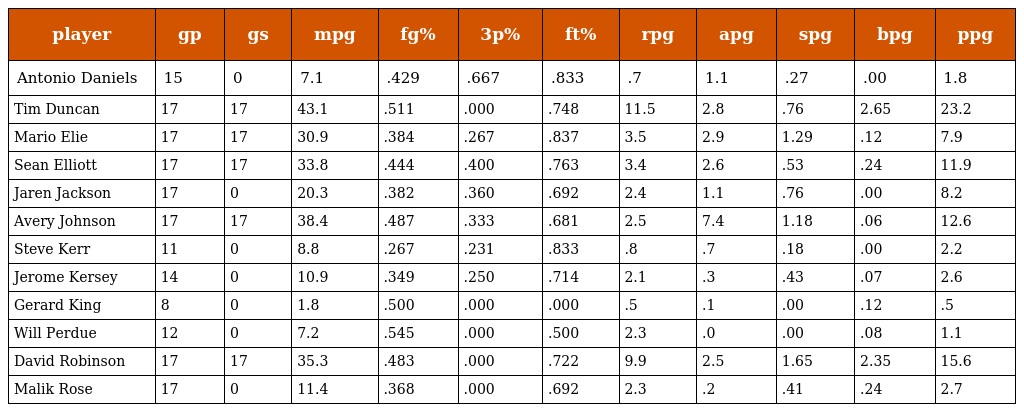
| player | gp | gs | mpg | fg% | 3p% | ft% | rpg | apg | spg | bpg | ppg |
 | --- | --- | --- | --- | --- | --- | --- | --- | --- | --- | --- | --- |
 | Antonio Daniels | 15 | 0 | 7.1 | .429 | .667 | .833 | .7 | 1.1 | .27 | .00 | 1.8 |
 | Tim Duncan | 17 | 17 | 43.1 | .511 | .000 | .748 | 11.5 | 2.8 | .76 | 2.65 | 23.2 |
 | Mario Elie | 17 | 17 | 30.9 | .384 | .267 | .837 | 3.5 | 2.9 | 1.29 | .12 | 7.9 |
 | Sean Elliott | 17 | 17 | 33.8 | .444 | .400 | .763 | 3.4 | 2.6 | .53 | .24 | 11.9 |
 | Jaren Jackson | 17 | 0 | 20.3 | .382 | .360 | .692 | 2.4 | 1.1 | .76 | .00 | 8.2 |
 | Avery Johnson | 17 | 17 | 38.4 | .487 | .333 | .681 | 2.5 | 7.4 | 1.18 | .06 | 12.6 |
 | Steve Kerr | 11 | 0 | 8.8 | .267 | .231 | .833 | .8 | .7 | .18 | .00 | 2.2 |
 | Jerome Kersey | 14 | 0 | 10.9 | .349 | .250 | .714 | 2.1 | .3 | .43 | .07 | 2.6 |
 | Gerard King | 8 | 0 | 1.8 | .500 | .000 | .000 | .5 | .1 | .00 | .12 | .5 |
 | Will Perdue | 12 | 0 | 7.2 | .545 | .000 | .500 | 2.3 | .0 | .00 | .08 | 1.1 |
 | David Robinson | 17 | 17 | 35.3 | .483 | .000 | .722 | 9.9 | 2.5 | 1.65 | 2.35 | 15.6 |
 | Malik Rose | 17 | 0 | 11.4 | .368 | .000 | .692 | 2.3 | .2 | .41 | .24 | 2.7 |